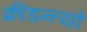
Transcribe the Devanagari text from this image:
क्रीडन्त्यो